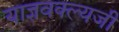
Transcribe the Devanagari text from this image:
याज्ञवक्ल्यजी